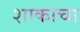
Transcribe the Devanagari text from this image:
शाकाचा